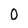
Character: 0